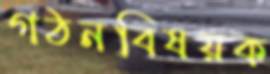
গঠনবিষয়ক